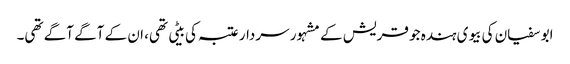
ابو سفیان کی بیوی ہندہ جو قریش کے مشہور سردار عتبہ کی بیٹی تھی، ان کے آگے آگے تھی۔